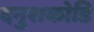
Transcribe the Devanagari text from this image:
दनुशकोडि